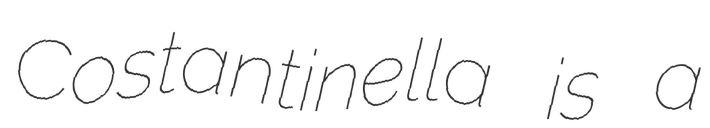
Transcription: Costantinella is a